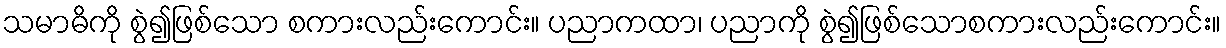
သမာဓိကို စွဲ၍ဖြစ်သော စကားလည်းကောင်း။ ပညာကထာ၊ ပညာကို စွဲ၍ဖြစ်သောစကားလည်းကောင်း။